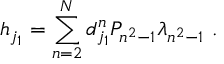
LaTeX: { h } _ { j _ { 1 } } = \sum _ { n = 2 } ^ { N } d _ { j _ { 1 } } ^ { n } P _ { n ^ { 2 } - 1 } \lambda _ { n ^ { 2 } - 1 } \ .